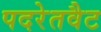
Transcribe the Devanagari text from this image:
पदरेतवैट